Supplement to the account of plague administration in the Bombay Presidency from September 1896 till May 1897
Year: 1896
Disease focus: Plague
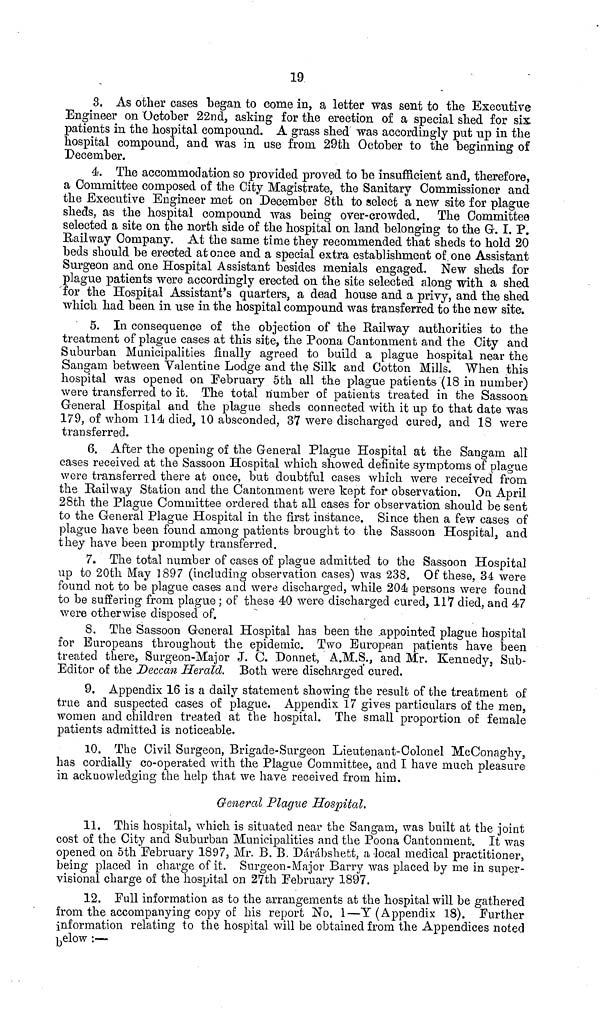
19
3. As other cases began to come in, a letter was sent to the Executive
Engineer on October 22nd, asking for the erection of a special shed for six
patients in the hospital compound. A grass shed was accordingly put up in the
hospital compound, and was in use from 29th October to the beginning of
December.
4. The accommodation so provided proved to be insufficient and, therefore,
a Committee composed of the City Magistrate, the Sanitary Commissioner and
the Executive Engineer met on December 8th to select a new site for plague
sheds, as the hospital compound was being over-crowded. The Committee
selected a site on the north side of the hospital on land belonging to the G. I. P.
Railway Company. At the same time they recommended that sheds to hold 20
beds should be erected at once and a special extra establishment of one Assistant
Surgeon and one Hospital Assistant besides menials engaged. New sheds for
plague patients were accordingly erected on the site selected along with a shed
for the Hospital Assistant's quarters, a dead house and a privy, and the shed
which had been in use in the hospital compound was transferred to the new site.
5. In consequence of the objection of the Railway authorities to the
treatment of plague cases at this site, the Poona Cantonment and the City and
Suburban Municipalities finally agreed to build a plague hospital near the
Sangam between Valentine Lodge and the Silk and Cotton Mills. When this
hospital was opened on February 5th all the plague patients (18 in number)
were transferred to it. The total number of patients treated in the Sassoon
General Hospital and the plague sheds connected with it up to that date was
179, of whom 114 died, 10 absconded, 37 were discharged cured, and 18 were
transferred.
6. After the opening of the General Plague Hospital at the Sangam all
cases received at the Sassoon Hospital which showed definite symptoms of plague
were transferred there at once, but doubtful cases which were received from
the Railway Station and the Cantonment were kept for observation. On April
28th the Plague Committee ordered that all cases for observation should be sent
to the General Plague Hospital in the first instance. Since then a few cases of
plague have been found among patients brought to the Sassoon Hospital, and
they have been promptly transferred.
7. The total number of cases of plague admitted to the Sassoon Hospital
up to 20th May 1897 (including observation cases) was 238. Of these, 34 were
found not to be plague cases and were discharged, while 204 persons were found
to be suffering from plague ; of these 40 were discharged cured, 117 died, and 47
were otherwise disposed of.
8. The Sassoon General Hospital has been the appointed plague hospital
for Europeans throughout the epidemic. Two European patients have been
treated there, Surgeon-Major J. C. Donnet, A.M.S., and Mr, Kennedy, Sub-
Editor of the Deccan Herald. Both were discharged cured.
9. Appendix 16 is a daily statement showing the result of the treatment of
true and suspected cases of plague. Appendix 17 gives particulars of the men,
women and children treated at the hospital. The small proportion of female
patients admitted is noticeable.
10. The Civil Surgeon, Brigade-Surgeon Lieutenant-Colonel McConaghy,
has cordially co-operated with the Plague Committee, and I have much pleasure
in acknowledging the help that we have received from him.
General Plague Hospital.
11. This hospital, which is situated near the Sangam, was built at the joint
cost of the City and Suburban Municipalities and the Poona Cantonment. It was
opened on 5th February 1897, Mr. B. B. Dárábshett, a local medical practitioner,
being placed in charge of it. Surgeon-Major Barry was placed by me in super-
visional charge of the hospital on 27th February 1897.
12. Full information as to the arrangements at the hospital will be gathered
from the accompanying copy of his report No. 1—Y (Appendix 18). Further
information relating to the hospital will be obtained from the Appendices noted
b elow :—